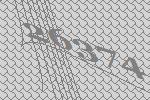
26374